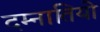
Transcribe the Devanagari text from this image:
दम्नातियो